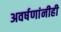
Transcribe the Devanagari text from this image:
अवर्षणांनीही